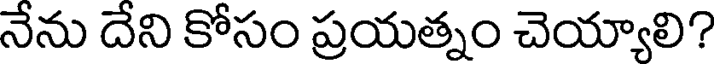
నేను దేని కోసం ప్రయత్నం చెయ్యాలి?